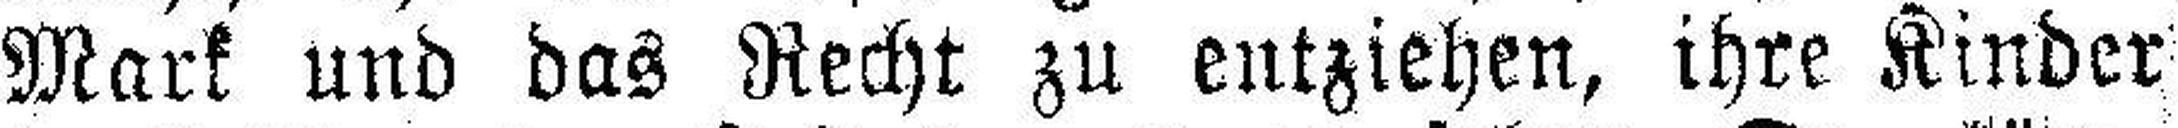
Mark und das Recht zu entziehen, ihre Kinder